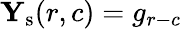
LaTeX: {\mathbf Y}_{\mathrm{s}}(r,c)=g_{r-c}